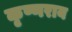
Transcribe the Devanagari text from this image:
कृष्णराय